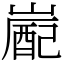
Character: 嶏